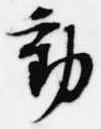
動